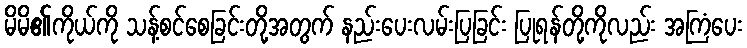
မိမိ၏ကိုယ်ကို သန့်စင်စေခြင်းတို့အတွက် နည်းပေးလမ်းပြခြင်း ပြုရန်တို့ကိုလည်း အကြံပေး